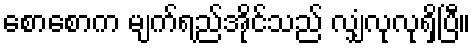
စောစောက မျက်ရည်အိုင်သည် လျှံလုလုရှိပြီ။